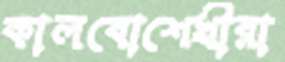
কালবোশেখীরা